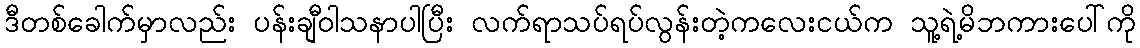
ဒီတစ်ခေါက်မှာလည်း ပန်းချီဝါသနာပါပြီး လက်ရာသပ်ရပ်လွန်းတဲ့ကလေးငယ်က သူ့ရဲ့မိဘကားပေါ်ကို